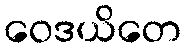
ဝေဒယိတေ